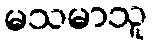
မသမာသူ